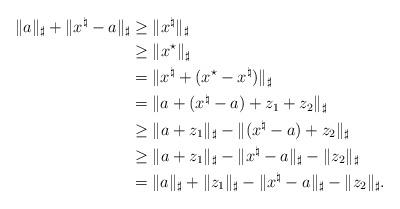
LaTeX: \begin{align*}\|a\|_\sharp+\|x^\natural-a\|_\sharp&\geq\|x^\natural\|_\sharp\\&\geq\|x^\star\|_\sharp\\&=\|x^\natural+(x^\star-x^\natural)\|_\sharp\\&=\|a+(x^\natural-a)+z_1+z_2\|_\sharp\\&\geq\|a+z_1\|_\sharp-\|(x^\natural-a)+z_2\|_\sharp\\&\geq\|a+z_1\|_\sharp-\|x^\natural-a\|_\sharp-\|z_2\|_\sharp\\&=\|a\|_\sharp+\|z_1\|_\sharp-\|x^\natural-a\|_\sharp-\|z_2\|_\sharp.\end{align*}